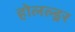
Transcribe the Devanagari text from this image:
होलल्ड्रर